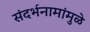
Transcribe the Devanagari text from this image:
संदर्भनामांमुळे